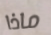
ماذا